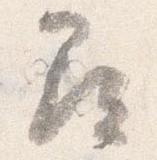
尋